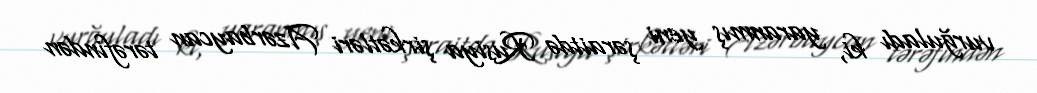
vurğuladı ki, yaranmış yeni şəraitdə Rusiya şirkətləri Azərbaycan tərəfindən